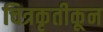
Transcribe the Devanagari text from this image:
चित्रकृतीकून